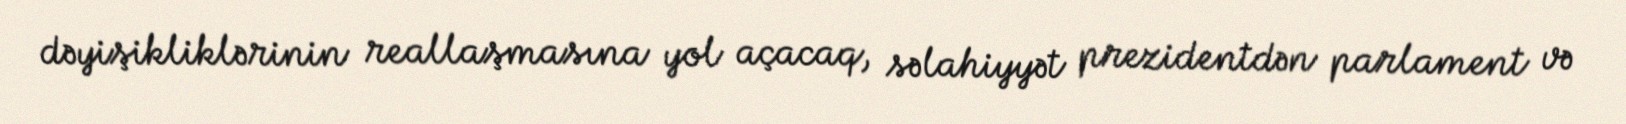
dəyişikliklərinin reallaşmasına yol açacaq, səlahiyyət prezidentdən parlament və